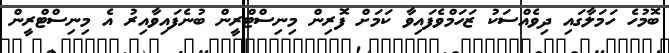
ބޮމުހެ ހަމަލާގައި ދިވެއްސަކު ޒަހަމްވެފައިވާ ކަަމަށް ފޮރިން މިނިސްޓްރީން ބުނެފައިވާއިރު އެ މިނިސްޓްރީން